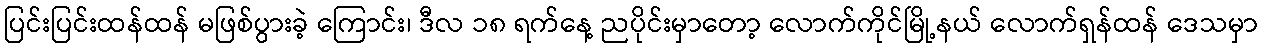
ပြင်းပြင်းထန်ထန် မဖြစ်ပွားခဲ့ ကြောင်း၊ ဒီလ ၁၈ ရက်နေ့ ညပိုင်းမှာတော့ လောက်ကိုင်မြို့နယ် လောက်ရှန်ထန် ဒေသမှာ